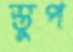
স্তুপ